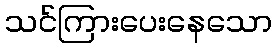
သင်ကြားပေးနေသော